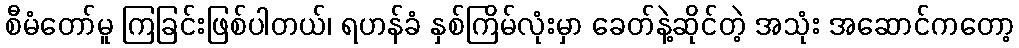
စီမံတော်မူ ကြခြင်းဖြစ်ပါတယ်၊ ရဟန်ခံ နှစ်ကြိမ်လုံးမှာ ခေတ်နဲ့ဆိုင်တဲ့ အသုံး အဆောင်ကတော့